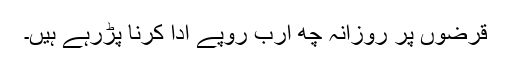
قرضوں پر روزانہ چھ ارب روپے ادا کرنا پڑرہے ہیں۔